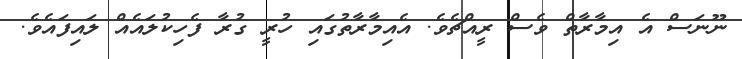
ނޫނަސް އެ އިމާރާތް ވެސް ރީއްޗެވެ. އެއިމާރާތުގައި ހުރީ ގުރާ ފެހިކުލައެއް ލައިފައެވެ.